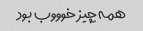
همه چیز خوووب بود